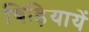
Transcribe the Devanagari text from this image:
चिड़ियायें